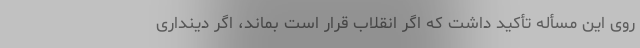
روی این مسأله تأکید داشت که اگر انقلاب قرار است بماند، اگر دینداری